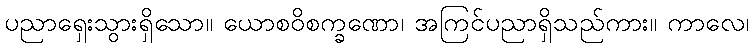
ပညာရှေးသွားရှိသော။ ယောစဝိစက္ခဏော၊ အကြင်ပညာရှိသည်ကား။ ကာလေ၊